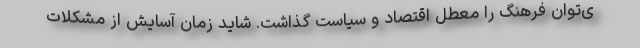
ی‌توان فرهنگ را معطل اقتصاد و سیاست گذاشت. شاید زمان آسایش از مشکلات